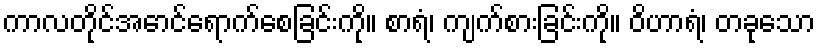
ကာလတိုင်အောင်ရောက်စေခြင်းကို။ စာရံ၊ ကျက်စားခြင်းကို။ ဝိဟာရံ၊ တခုသော